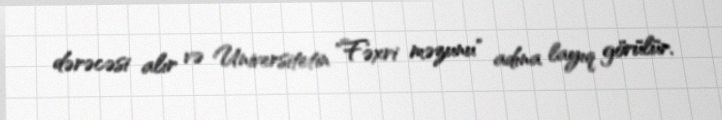
dərəcəsi alır və Universitetin "Fəxri məzunu" adına layıq görülür.